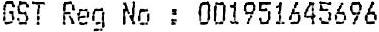
GST REG NO : 001951645696